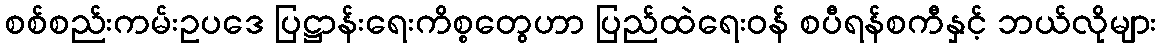
စစ်စည်းကမ်းဥပဒေ ပြဋ္ဌာန်းရေးကိစ္စတွေဟာ ပြည်ထဲရေးဝန် စပီရန်စကီနှင့် ဘယ်လိုများ